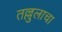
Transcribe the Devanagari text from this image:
तल्लुलाचा